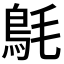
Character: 𩿘